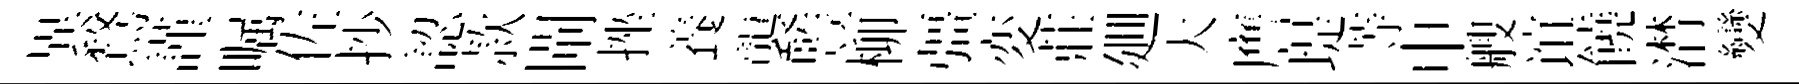
異鶩謹嘱佐抄認款閘挫養襲䜿柳彊変莊廽大譍堤䓁申艘谊饒潸變